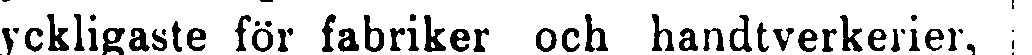
yckligaste för fabriker och handtverkerier,